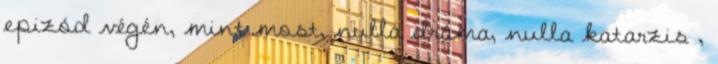
epizód végén, mint most, nulla dráma, nulla katarzis ,